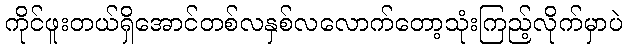
ကိုင်ဖူးတယ်ရှိအောင်တစ်လနှစ်လလောက်တော့သုံးကြည့်လိုက်မှာပဲ